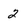
Character: 2